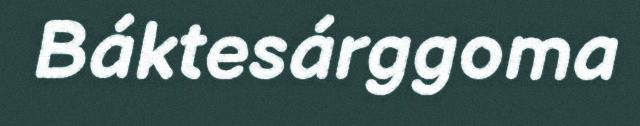
Báktesárggoma